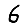
Digit: 6